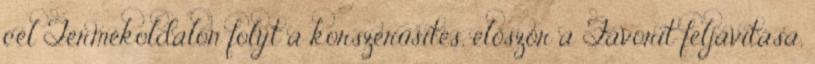
cél Termékoldalon folyt a korszerűsítés, először a Favorit feljavítása,